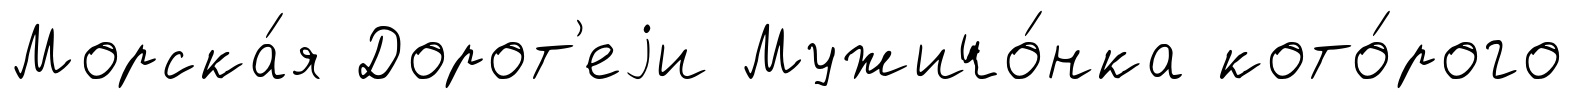
Морска́я Дорот'еjи Мужичо́нка кото́рого